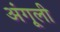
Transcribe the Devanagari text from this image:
अंगूली